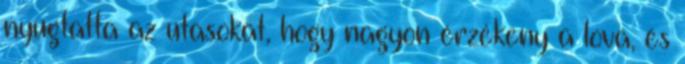
nyugtatta az utasokat, hogy nagyon érzékeny a lova, és